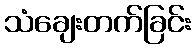
သံချေးတက်ခြင်း